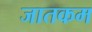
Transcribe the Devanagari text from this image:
जातकम